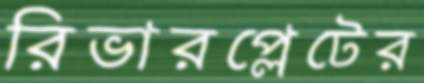
রিভারপ্লেটের